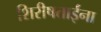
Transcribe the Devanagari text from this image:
शिरीषताईंना